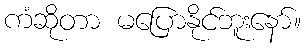
ကံဆိုတာ မပြောနိုင်ဘူးနော်။